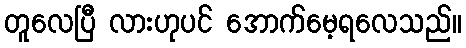
တူလေပြီ လားဟုပင် အောက်မေ့ရလေသည်။